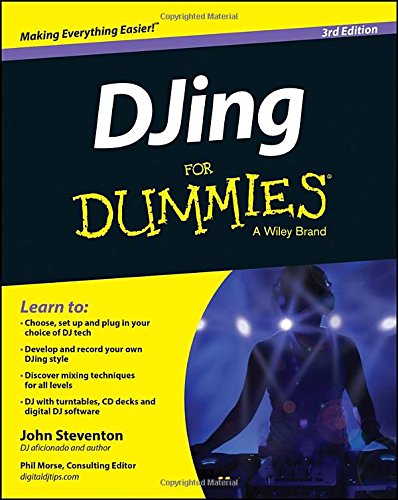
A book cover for DJing For Dummies; John Steventon; Humor & Entertainment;